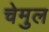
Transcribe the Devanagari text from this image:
चेमुल